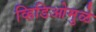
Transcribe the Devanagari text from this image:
व्हिडिओमुळे